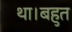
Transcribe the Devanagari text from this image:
था।बहुत